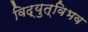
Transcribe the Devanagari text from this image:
विद्युत्विभव